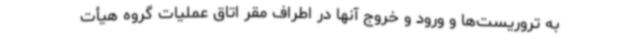
به تروریست‌ها و ورود و خروج آنها در اطراف مقر اتاق عملیات گروه هیأت